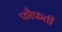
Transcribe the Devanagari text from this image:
फौफती